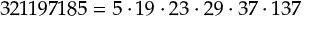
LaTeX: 3 2 1 1 9 7 1 8 5 = 5 \cdot 1 9 \cdot 2 3 \cdot 2 9 \cdot 3 7 \cdot 1 3 7